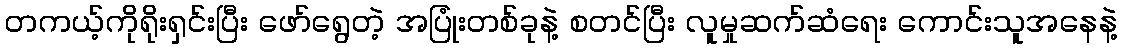
တကယ့်ကိုရိုးရှင်းပြီး ဖော်ရွေတဲ့ အပြုံးတစ်ခုနဲ့ စတင်ပြီး လူမှုဆက်ဆံရေး ကောင်းသူအနေနဲ့